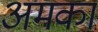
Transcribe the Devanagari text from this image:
अमका